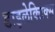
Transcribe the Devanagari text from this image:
डाइलेक्टिक्स